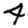
Digit: 4